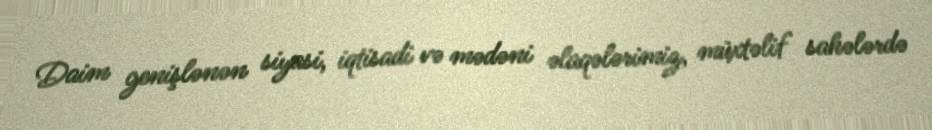
Daim genişlənən siyasi, iqtisadi və mədəni əlaqələrimiz, müxtəlif sahələrdə